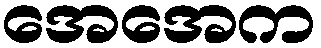
အေအေက